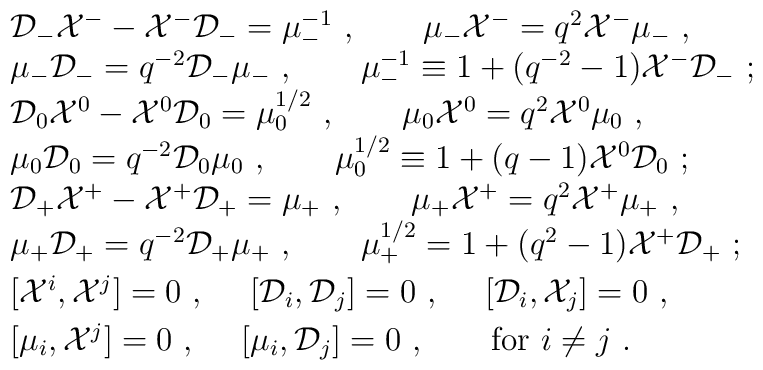
\begin{array}{l}{\cal D}_-{\cal X}^--{\cal X}^-{\cal D}_-=\mu_-^{-1}~,~~~~~~\mu_- {\cal X}^-=q^2{\cal X}^-\mu_-~,\\\mu_-{\cal D}_-=q^{-2}{\cal D}_-\mu_-~,~~~~~~\mu_-^{-1}\equiv1+(q^{-2}-1){\cal X}^-{\cal D}_-~;\\{\cal D}_0{\cal X}^0-{\cal X}^0{\cal D}_0=\mu_0^{1/2}~,~~~~~~\mu_0 {\cal X}^0=q^2{\cal X}^0\mu_0~,\\\mu_0{\cal D}_0=q^{-2}{\cal D}_0\mu_0~,~~~~~~\mu_0^{1/2}\equiv1+(q-1){\cal X}^0{\cal D}_0~;\\{\cal D}_+{\cal X}^+-{\cal X}^+{\cal D}_+=\mu_+~,~~~~~~\mu_+ {\cal X}^+=q^2{\cal X}^+\mu_+~,\\\mu_+{\cal D}_+=q^{-2}{\cal D}_+\mu_+~,~~~~~~\mu_+^{1/2}=1+(q^2-1){\cal X}^+{\cal D}_+~;\\[1mm][{\cal X}^i,{\cal X}^j]=0~,~~~~[{\cal D}_i,{\cal D}_j]=0~,~~~~[{\cal D}_i,{\cal X}_j]=0~,\\[1mm][\mu_i,{\cal X}^j]=0~,~~~~[\mu_i,{\cal D}_j]=0~,~~~~~~{\rm for}~i\not= j~.\end{array}